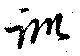
訓